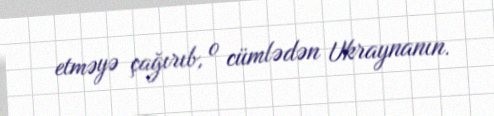
etməyə çağırıb, o cümlədən Ukraynanın.